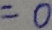
= 0